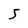
Character: 5